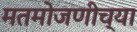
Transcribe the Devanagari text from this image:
मतमोजणीच्या